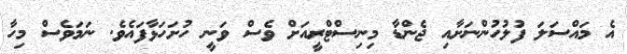
އެ މައްސަލަ ފުލުހުންނަށާއި ޖެންޑާ މިނިސްޓްރީއަށް ވެސް ވަނީ ހުށަހަޅާފައެވެ. ނަމަވެސް މިހާ